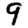
Digit: 9